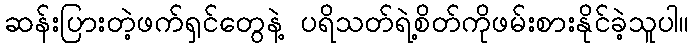
ဆန်းပြားတဲ့ဖက်ရှင်တွေနဲ့ ပရိသတ်ရဲ့စိတ်ကိုဖမ်းစားနိုင်ခဲ့သူပါ။